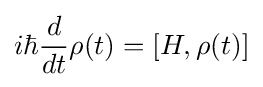
i\hbar {\frac {d}{dt}}\rho (t)=[H,\rho (t)]